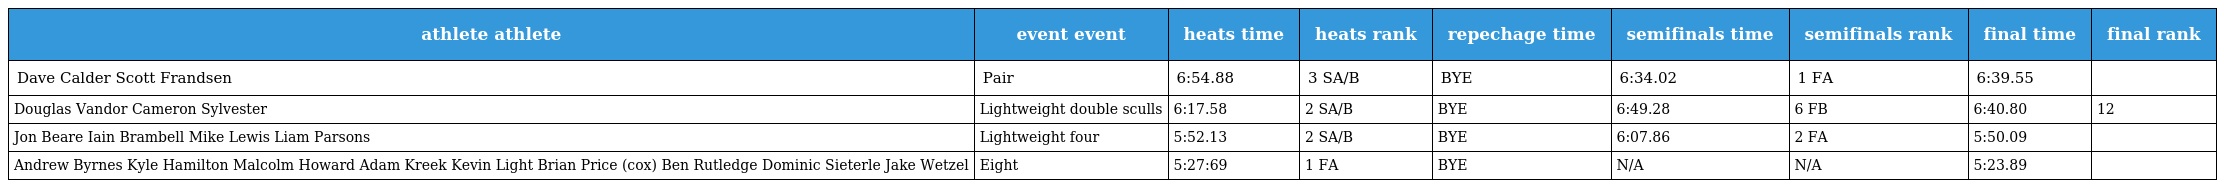
| athlete athlete | event event | heats time | heats rank | repechage time | semifinals time | semifinals rank | final time | final rank |
 | --- | --- | --- | --- | --- | --- | --- | --- | --- |
 | Dave Calder Scott Frandsen | Pair | 6:54.88 | 3 SA/B | BYE | 6:34.02 | 1 FA | 6:39.55 |  |
 | Douglas Vandor Cameron Sylvester | Lightweight double sculls | 6:17.58 | 2 SA/B | BYE | 6:49.28 | 6 FB | 6:40.80 | 12 |
 | Jon Beare Iain Brambell Mike Lewis Liam Parsons | Lightweight four | 5:52.13 | 2 SA/B | BYE | 6:07.86 | 2 FA | 5:50.09 |  |
 | Andrew Byrnes Kyle Hamilton Malcolm Howard Adam Kreek Kevin Light Brian Price (cox) Ben Rutledge Dominic Sieterle Jake Wetzel | Eight | 5:27:69 | 1 FA | BYE | N/A | N/A | 5:23.89 |  |